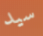
سيد